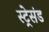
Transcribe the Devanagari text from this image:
स्ट्रेसंड